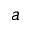
a